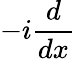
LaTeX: -i{\frac{d}{dx}}